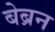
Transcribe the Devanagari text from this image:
बेब्रन